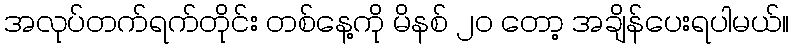
အလုပ်တက်ရက်တိုင်း တစ်နေ့ကို မိနစ် ၂၀ တော့ အချိန်ပေးရပါမယ်။